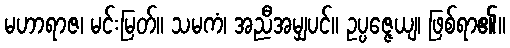
မဟာရာဇ၊ မင်းမြတ်။ သမကံ၊ အညီအမျှပင်။ ဥပ္ပဇ္ဇေယျ၊ ဖြစ်ရာ၏။